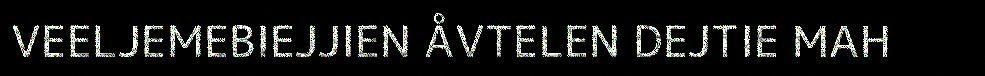
VEELJEMEBIEJJIEN ÅVTELEN DEJTIE MAH